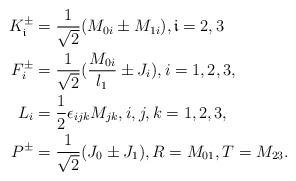
LaTeX: \begin{align*} K_\mathfrak{i}^{\pm}&=\frac{1}{\sqrt2} (M_{0i}\pm M_{1i}), \mathfrak{i}=2,3\\ F_{i}^{\pm}&=\frac{1}{\sqrt2} (\frac{M_{0i}}{l_1}\pm J_{i}),i=1,2,3,\\ L_{i}&=\frac{1}{2}\epsilon_{ijk}M_{jk}, i,j,k=1,2,3,\\P^{\pm}&= \frac{1}{\sqrt2} (J_0\pm J_1), R=M_{01}, T=M_{23}. \end{align*}